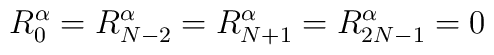
R_0^\alpha = R_{N-2}^\alpha = R_{N+1}^\alpha = R_{2N-1}^\alpha = 0